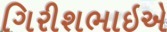
ગિરીશભાઇએ